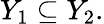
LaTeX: Y_{1}\subseteq Y_{2}.